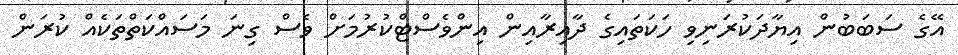
އޭގެ ސަބަބުން އިޔާދަކުރަނިވި ހަކަތައިގެ ދާއިރާއިން އިންވެސްޓްކުރުމަށް ވެސް ގިނަ މަސައްކަތްތަކެއް ކުރަން